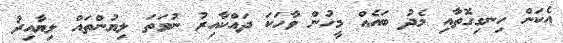
އެކަން ހިނގިގޮތާއި މެދު ބައެއް މީހުން ވާހަކަ ދައްކާއިރު ނުވަތަ ލިޔުންތައް ލިޔާއިރު